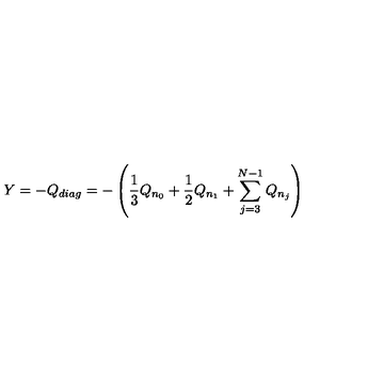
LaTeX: Y = - Q _ { d i a g } = - \left( \frac 1 3 Q _ { n _ { 0 } } + \frac 1 2 Q _ { n _ { 1 } } + \sum _ { j = 3 } ^ { N - 1 } Q _ { n _ { j } } \right)